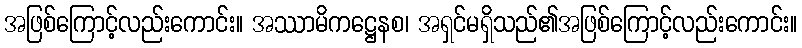
အဖြစ်ကြောင့်လည်းကောင်း။ အဿာမိကဋ္ဌေနစ၊ အရှင်မရှိသည်၏အဖြစ်ကြောင့်လည်းကောင်း။